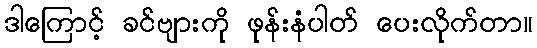
ဒါကြောင့် ခင်ဗျားကို ဖုန်းနံပါတ် ပေးလိုက်တာ။